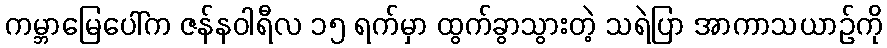
ကမ္ဘာမြေပေါ်က ဇန်နဝါရီလ ၁၅ ရက်မှာ ထွက်ခွာသွားတဲ့ သရဲပြာ အာကာသယာဉ်ကို